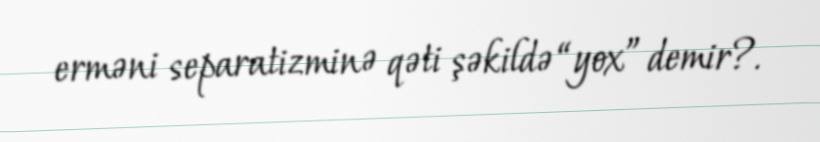
erməni separatizminə qəti şəkildə “yox” demir?.